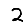
Digit: 2